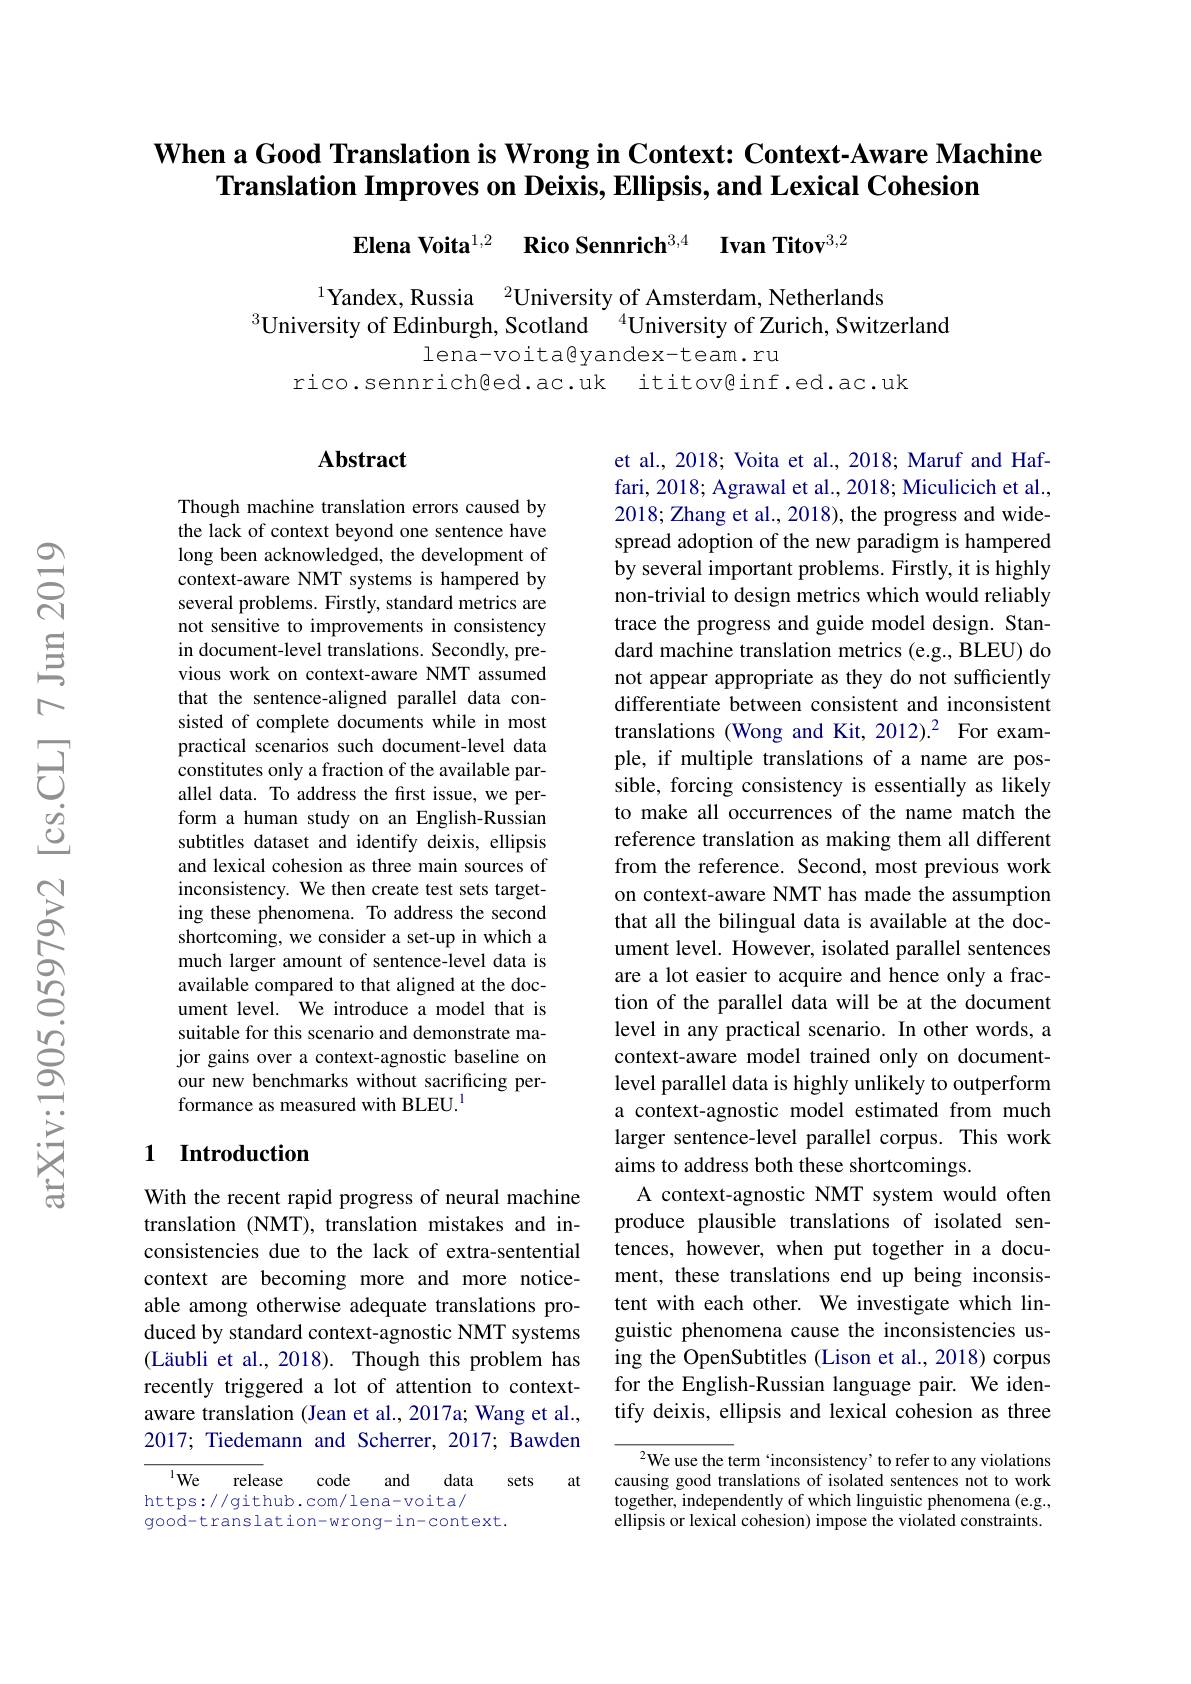
# When a Good Translation is Wrong in Context: Context-Aware Machine Translation Improves on Deixis, Ellipsis, and Lexical Cohesion

$\textbf{Elena Voita}^{1, 2}$ $\textbf{Rico Sennrich}^{3, 4}$ $\textbf{Ivan Titov}^{3, \text{Ser}}$

$^{1}$Yandex, Russia$^{2}$University of Amsterdam, Netherlands
$^{3}$University of Edinburgh, Scotland $^{4}$University of Zurich, Switzerland

lena-voita@yandex-team.ru
rico.sennrich@ed.ac.uk ititov@inf.ed.ac.uk

### Abstract

Though machine translation errors caused by the lack of context beyond one sentence have long been acknowledged, the development of context-aware NMT systems is hampered by several problems. Firstly, standard metrics are not sensitive to improvements in consistency in document-level translations. Secondly, previous work on context-aware NMT assumed that the sentence-aligned parallel data consisted of complete documents while in most practical scenarios such document-level data constitutes only a fraction of the available parallel data. To address the frst issue, we perform a human study on an English-Russian subtitles dataset and identify deixis, ellipsis and lexical cohesion as three main sources of inconsistency. We then create test sets targeting these phenomena. To address the second shortcoming, we consider a set-up in which a much larger amount of sentence-level data is available compared to that aligned at the document level. We introduce a model that is suitable for this scenario and demonstrate major gains over a context-agnostic baseline on our new benchmarks without sacrificing performance as measured with BLEU.$^{1}$

et al., 2018; Voita et al., 2018; Maruf and Haffari, 2018; Agrawal et al., 2018; Miculicich et al., 2018; Zhang et al., 2018), the progress and widespread adoption of the new paradigm is hampered by several important problems. Firstly, it is highly non-trivial to design metrics which would reliably trace the progress and guide model design. Standard machine translation metrics (e.g., BLEU) do not appear appropriate as they do not sufficiently differentiate between consistent and inconsistent translations (Wong and Kit, 2012).2 For example, if multiple translations of a name are possible, forcing consistency is essentially as likely to make all occurrences of the name match the reference translation as making them all different from the reference. Second, most previous work on context-aware NMT has made the assumption that all the bilingual data is available at the document level. However, isolated parallel sentences are a lot easier to acquire and hence only a fraction of the parallel data will be at the document level in any practical scenario. In other words, a context-aware model trained only on documentlevel parallel data is highly unlikely to outperform a context-agnostic model estimated from much larger sentence-level parallel corpus. This work aims to address both these shortcomings.
A context-agnostic NMT system would often produce plausible translations of isolated sentences, however, when put together in a document, these translations end up being inconsistent with each other. We investigate which linguistic phenomena cause the inconsistencies using the OpenSubtitles (Lison et al., 2018) corpus for the English-Russian language pair. We identify deixis, ellipsis and lexical cohesion as three

## 1 Introduction

With the recent rapid progress of neural machine translation (NMT), translation mistakes and inconsistencies due to the lack of extra-sentential context are becoming more and more noticeable among otherwise adequate translations produced by standard context-agnostic NMT systems (Läubli et al., 2018). Though this problem has recently triggered a lot of attention to contextaware translation (Jean et al., 2017a; Wang et al., 2017; Tiedemann and Scherrer, 2017; Bawden

$^{2}$We use the term `inconsistency' to refer to any violations causing good translations of isolated sentences not to work together, independently of which linguistic phenomena (e.g., ellipsis or lexical cohesion) impose the violated constraints.

$^{1}$We release   code   and   data
at
sets
https://github.com/lena-voita/
good-translation-wrong-in-context.